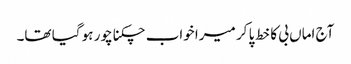
آج اماں بی کا خط پا کر میرا خواب چکنا چور ہو گیا تھا۔